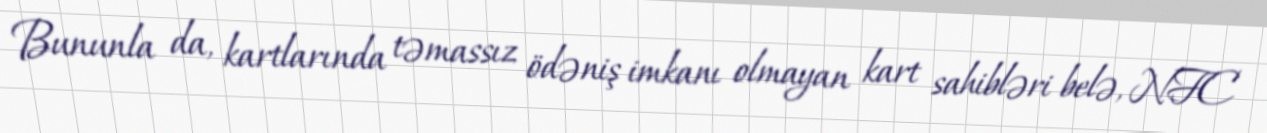
Bununla da, kartlarında təmassız ödəniş imkanı olmayan kart sahibləri belə, NFC